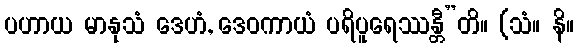
ပဟာယ မာနုသံ ဒေဟံ, ဒေဝကာယံ ပရိပူရေဿန္တီ”တိ။ (သံ။ နိ။